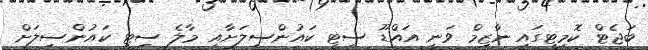
ބަޖެޓް ކޮމިޓީގައި ނާޒިމް ވަނީ އައްޑޫ ސިޓީ ކައުންސިލަށާއި މާލެ ސިޓީ ކައުންސިލަށް